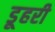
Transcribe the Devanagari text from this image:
डूहरी